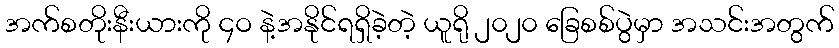
အက်စတိုးနီးယားကို ၄ဝ နဲ့အနိုင်ရရှိခဲ့တဲ့ ယူရို ၂၀၂၀ ခြေစစ်ပွဲမှာ အသင်းအတွက်